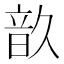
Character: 𩐗